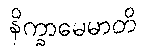
နိက္ခာမေမာတိ